Indian journal of veterinary science and animal husbandry - Volumes 15-17, 1948-1951
Year: 1948
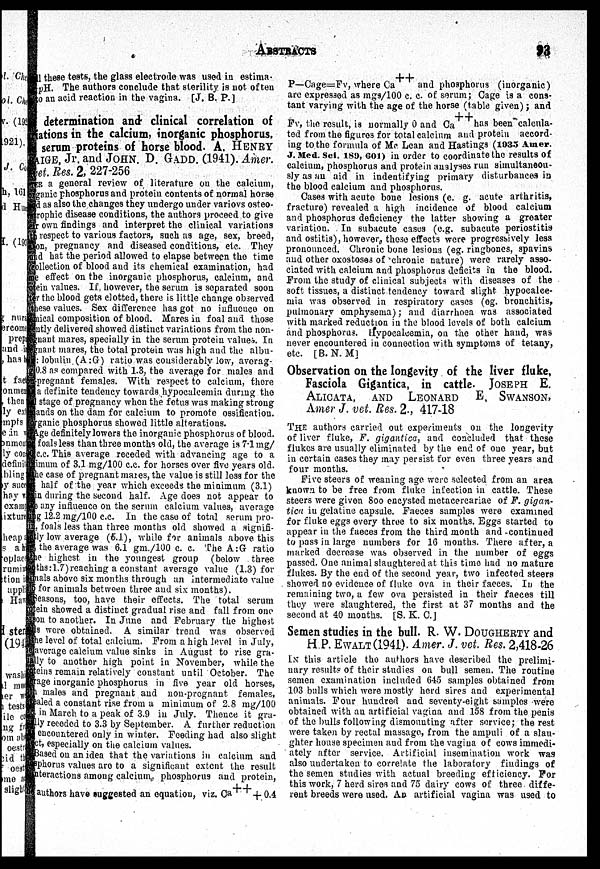
ABSTRACTS
93
all these teats, the glass electrode was used in estimated
pH. The authors conclude that sterility is not of ten
to an acid reaction in the vagina. [J. B. P.]
determination and clinical correlation of
iations in the calcium, inorganic phosphorus,
serum proteins of horse blood. A. HENRY
AIGE, Jr. and JOHN. D. GADD. (1941). Amer.
vet. Res. 2, 227-256
ER a general review of literature on the calcium,
organic phosphorus and protein contents of normal horse
d as also the changes they undergo under variovs osteo-
rophic disease conditions, the authors proceed to give
r own findings and interpret the clinical variations
respect to various factors, such as age, sex, breed,
on, pregnancy and diseased conditions, etc. They
d hat the period allowed to elapse between the time
collection of blood and its chemical examination, had
effect on the inorganic phosphorus, calcium, and
ein values. If, however, the serum is separated soon
r the blood gets clotted, there is little change observed
ese values. Sex difference has got no influence on
ical composition of blood. Mares in foal and those
ntly delivered showed distinct variations from the non-
nant mares, specially in the serum protein values. In
nant mares, the total protein was high and the albu-
: lobulin (A:G) ratio was considerably low, averag-
0.8 as compared with 1.3, the average for males and
pregnant females. With respect to calcium, there
a definite tendency towards hypocalcemia during the
stage of pregnancy when the fetus was making strong
ands on the dam for calcium to promote ossification.
ganic phosphorus showed little alterations.
Age definitely lowers the inorganic phosphorus of blood.
foalsless than three months old, the average is 7.1 mg/
c.c. This average receded with advancing age to a
imum of 3.1 mg/100 c.c. for horses over five years old.
he case of pregnant mares, the value is still less for the
half of the year which exceeds the minimum (3.1)
in during the second half. Age does not appear to
any influence on the serum calcium values, average
g 12.2 mg/100 c.c. In the case of total serum pro-
, foals less than three months old showed a signifi-
ily low average (5.1), while for animals above this
the average was 6.1 gm./100 c. c. The A:G ratio
ie highest in the youngest group (below three
ths:1.7) reaching a constant average value (1.3) for
nals above six months through an intermediate value
for animals between three and six months).
Seasons, too, have their effects. The total serum
ein showed a distinct gradual rise and fall from one
on to another. In June and February the highest
Is were obtained. A similar trend was observed
he level of total calcium. From a high level in July,
average calcium value sinks in August to rise gra-
ly to another high point in November, while the
eins remain relatively constant until October. The
'age inorganic phosphorus in five year old horses,
males and pregnant and non-pregnant females,
aled a constant rise from a minimum of 2.8 mg/100
in March to a peak of 3.9 in July. Thence it gra-
lly receded to 3.3 by September. A further reduction
encountered only in winter. Feeding had also slight
t, especially on the calcium values.
Based on an idea that the variations in calcium and
phorus values are to a significant extent the result
nteractions among calcium, phosphorus and protein,
authors have suggested an equation, viz. Ca ++ + 0.4
P—Cage=Fv, where Ca ++ and phosphorus (inorganic)
arc expressed as mgs/100 c. c of serum; Cage is a cons-
tant varying with the age of the horse (table given); and
Fv, the result, is normally 0 and Ca
has been calcula-
ted from the figures for total calcium and protein accord-
ing to the formula of Me Lean and Hastings (1935 Amer.
J. Med. Set 189, 601) in order to coordinate the results of
calcium, phosphorus and protein analyses run simultaneou-
sly as an aid in indentifying primary disturbances in
the blood calcium and phosphorus.
Cases with acute bone lesions (e. g. acute arthritis,
fracture) revealed a high incidence of blood calcium
and phosphorus deficiency the latter showing a greater
variation. In subacute cases (e.g. subacute periostitis
and ostitis), however, these effects were progressively less
pronounced. Chronic bone lesions (eg. ringbones, spavins
and other oxostoses of chronic nature) were rarely asso-
ciated with calcium and phosphorus deficits in the blood.
From the study of clinical subjects with diseases of the
soft tissues, a distinct tendency toward slight hypocalce-
mia was observed in respiratory cases (eg. bronchitis,
pulmonary emphysema); and diarrhoea was associated
with marked reduction in the blood levels of both calcium
and phosphorus. Hypocalcemia, on the other hand, was
never encountered in connection with symptoms of tetany,
etc. [B. N. M]
Observation on the longevity of the liver fluke,
Fasciola Gigantica, in cattle. JOSEPH E.
ALICATA, AND LEONARD E, SWANSON
Amer J. vet. Res. 2., 417-18
THE authors carried out experiments on the longevity
of liver fluke, F. gigantica, and concluded that these
flukes are usually eliminated by the end of one year, but
in certain cases they may persist for even three years and
four months.
Five steers of weaning age were selected from an area
known to be free from fluke infection in cattle. These
steers were given 800 encysted metacercariae of F. gigan-
tica in gelatiue capsule. Faeces samples were examined
for fluke eggs every three to six months. Eggs started to
appear in the faeces from the third month and continued
to pass in large numbers for 16 months. There after, a
marked decrease was observed in the number of eggs
passed. One animal slaughtered at this time had no mature
flukes. By the end of the second year, two infected steers
showed no evidence of fluke ova in their faeces. In the
remaining two, a few ova persisted in their faeces till
they were slaughtered, the first at 37 months and the
second at 40 months. [S. K. C.]
Semen studies in the bull. R. W. DOUGHERTY and
HP.EWALT(1941). Amer. J. vet. Res. 2,418-26
IN this article the authors have described the prelimi-
nary results of their studies on bull semen. The routine
semen examination included 645 samples obtained from
103 bulls which were mostly herd sires and experimental
animals. Four hundred and seventy-eight samples were
obtained with an artificial vagina and 158 from the penis
of the bulls following dismounting after service; the rest
were taken by rectal massage, from the ampuli of a slau-
ghter house specimen and from the vagina of cows immedi-
ately after service. Artificial insemination work was
also undertaken to correlate the laboratory findings of
the semen studies with actual breeding efficiency. For
this work, 7 herd sires and 75 dairy cows of three diffe-
rent breeds were used. An artificial vagina was used to